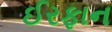
ઈરફાન